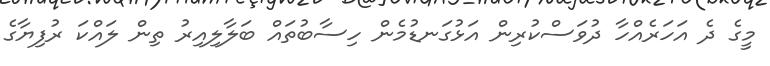
މީގެ ދެ އަހަރެއްހާ ދުވަސްކުރިން އަޅުގަނޑުމެން ހިސާބުތައް ބަލާލިއިރު ތިން ލައްކަ ރުފިޔާގެ